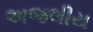
અજલીય